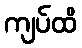
ကျပ်ထိ